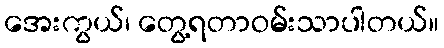
အေးကွယ်၊ တွေ့ရတာဝမ်းသာပါတယ်။